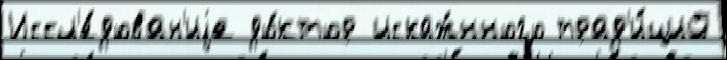
Иссл'е́дован'иjе до́ктор искаж́нного трад'и́ций